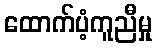
ထောက်ပံ့ကူညီမှု